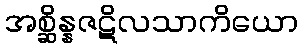
အစ္ဆိန္နဇဋိလသာကိယော